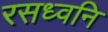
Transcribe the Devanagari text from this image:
रसध्वनि